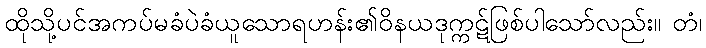
ထိုသို့ပင်အကပ်မခံပဲခံယူသောရဟန်း၏ဝိနယဒုက္ကဋ်ဖြစ်ပါသော်လည်း။ တံ၊